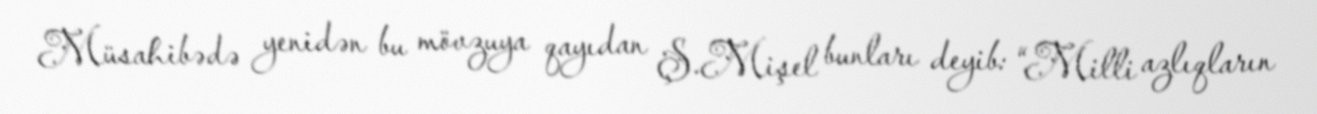
Müsahibədə yenidən bu mövzuya qayıdan Ş.Mişel bunları deyib: “Milli azlıqların